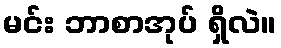
မင်း ဘာစာအုပ် ရှိလဲ။